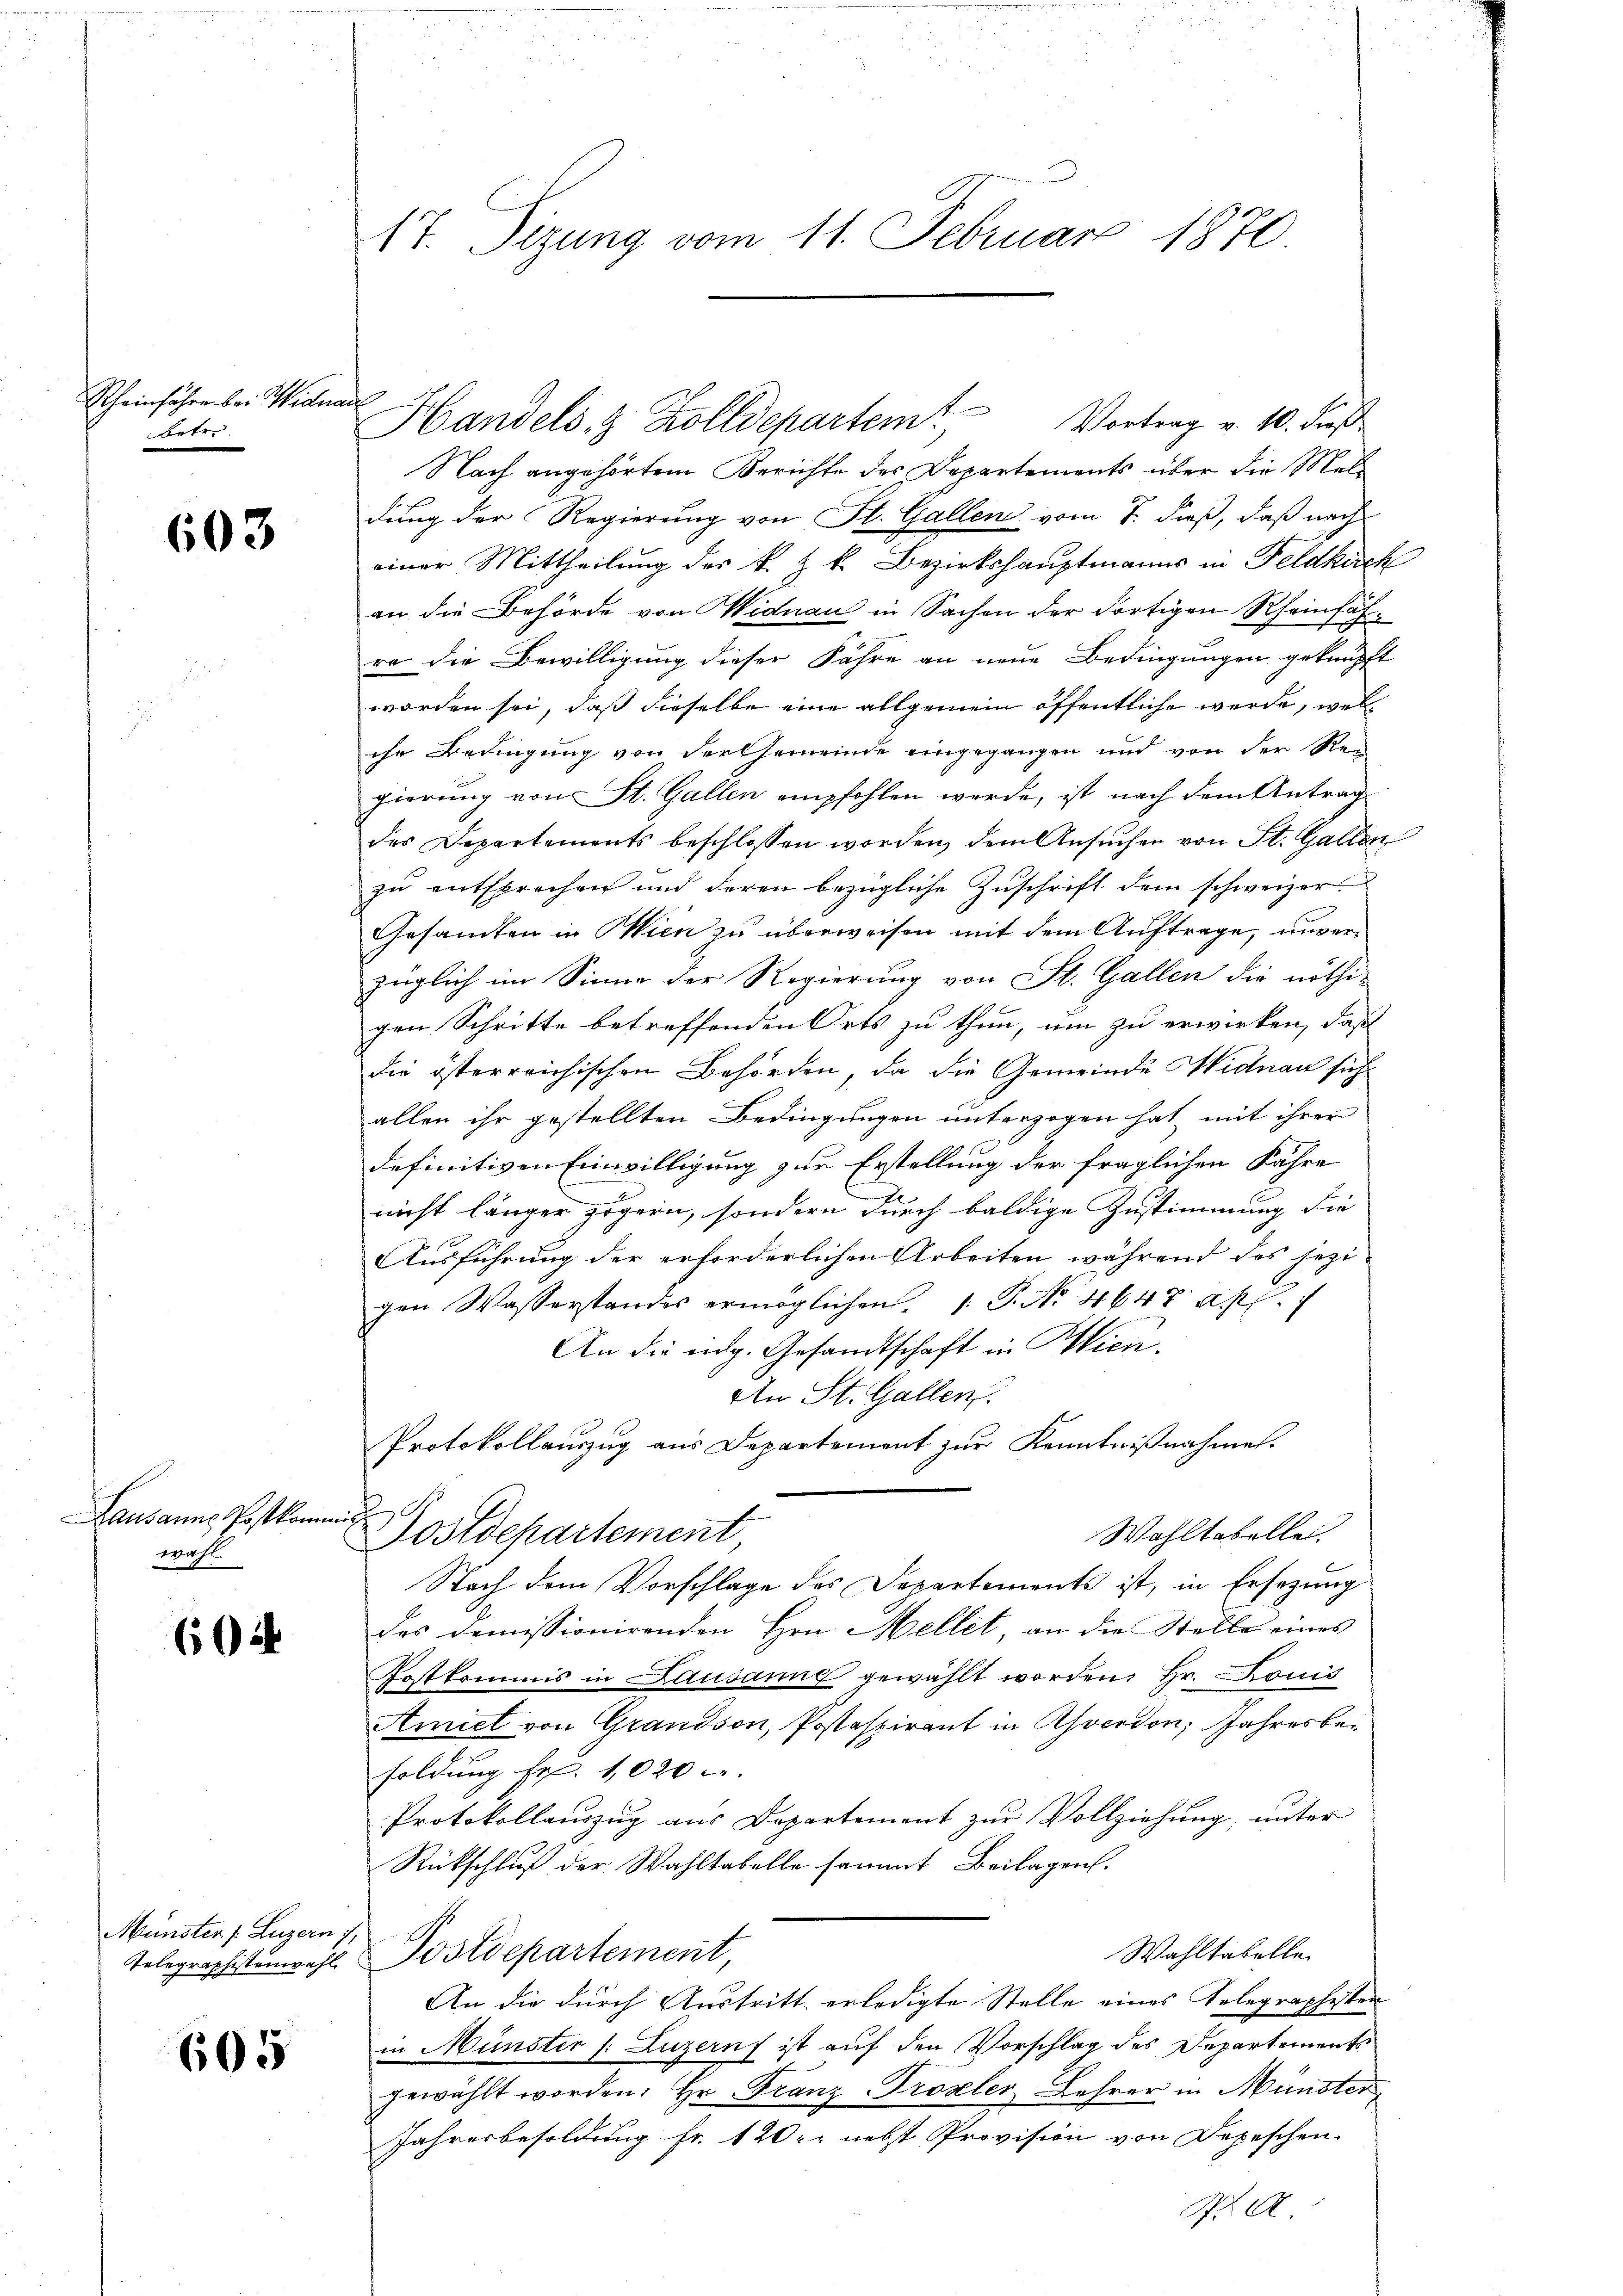
Scheinfahre bei Widman
betre

603

Lausanne Postkomm
wahl

604

Münster /: Luzern 7,

605

17. Sizung vom 11. Februar 1870

Handels- & Zolldepartem

Nach angehörtem Berichte des Departements über die Meldung der Regierung von St. Gallen vom 7. dieß, daß nach
einer Mittheilung des k. k. Bezirkshauptmanns in Feldkich
an die Behörde von Widnau in Sachen der dortigen Rheinfähro die Bewilligung dieser Fahre an neue Bedingungen geknüpft
worden sei, daß dieselbe eine allgemein öffentliche werde, well
che Bedingung von der Gemeinde eingegangen und von der Regierung von St. Gallen empfohlen werde, ist nach dem Antrag
des Departements beschlossen worden, dem Ansuchen von St. Gallen
zu entsprechen und deren bezügliche Zuschrift dem schweizer
Gesamten in Wien zu überweisen mit dem Auftrage, unverzüglich im Sinne der Regierung von St. Gallen die nöthi-
gen Schritte betreffenden Orts zu thun, um zu erwirken, daß
die österreichischen Behörden, da die Gemeinde Hidtnau sich
allen ihr gestellten Bedingungen unterzogen hat, mit ihrer
definitiven Einwilligung zur Erstellung der fraglichen Fahre
nicht länger zögern, sondern durch baldige Zustimmung die
Ausführung der erforderlichen Arbeiten während des sezigen Wasserstandes ermöglichen. 1. P. Nr. 4647 ap
An die eidg. Gesandtschaft in Pien.
An St. Gallen.
Protokollauszug aus Departement zur Kenntnißnahme.
i
Wahltabelle.
Postdepartement
Nach dem Vorschlage des Departements ist, in Ersezung
des demissionirenden Hrn. Mellet, an die Stelle eines
Postkommis in Lausanne gewählt worden, Hr. Louis
Amiel von Grandson, Postaspirant in Ahverdon, Jahresbesoldung Fr. 1020
Protokollauszug aus Departement zur Vollziehung, unter
Rückschluß der Wahltabelle sammt Beilagen.
Wahltabelle.
Telegraphistenwahl Postdepartement,
An die durch Austritt erledigte Stelle eines Telegraphester
in Münster (: Luzern ist auf den Vorschlag des Departements
gewählt worden. Hr. Franz-Prozler Lehrer in Münster
Jahresbesoldung fr. 120 r. nebst Provision von Depeschen.
A

Vortrag v. 10. Fuß.